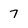
Character: 7